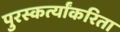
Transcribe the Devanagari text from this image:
पुरस्कर्त्यांकरिता